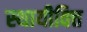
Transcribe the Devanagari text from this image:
स्थायीवित्त